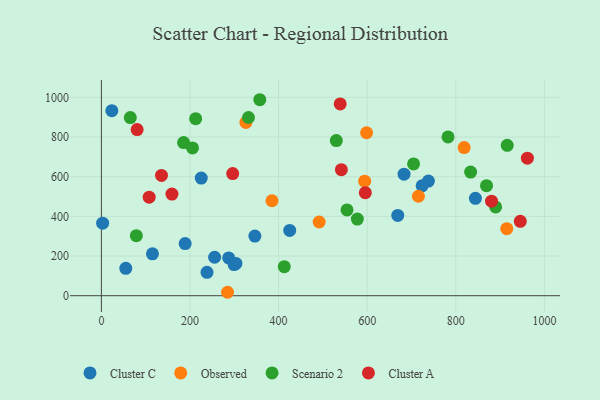
{"axis": {"x": "Ad Spend", "y": "Demand"}, "legend": ["Cluster A", "Cluster C", "Observed", "Scenario 2"], "data": [{"x": "425.1", "y": 329.0, "type": "Cluster C"}, {"x": "738.2", "y": 578.1, "type": "Cluster C"}, {"x": "255.6", "y": 193.8, "type": "Cluster C"}, {"x": "225.4", "y": 593.2, "type": "Cluster C"}, {"x": "724.0", "y": 554.0, "type": "Cluster C"}, {"x": "683.2", "y": 612.7, "type": "Cluster C"}, {"x": "669.0", "y": 404.6, "type": "Cluster C"}, {"x": "189.1", "y": 262.7, "type": "Cluster C"}, {"x": "115.3", "y": 211.1, "type": "Cluster C"}, {"x": "238.4", "y": 118.1, "type": "Cluster C"}, {"x": "55.1", "y": 137.9, "type": "Cluster C"}, {"x": "303.8", "y": 162.7, "type": "Cluster C"}, {"x": "23.6", "y": 932.6, "type": "Cluster C"}, {"x": "346.5", "y": 300.5, "type": "Cluster C"}, {"x": "299.7", "y": 156.7, "type": "Cluster C"}, {"x": "287.4", "y": 190.4, "type": "Cluster C"}, {"x": "2.8", "y": 365.7, "type": "Cluster C"}, {"x": "844.3", "y": 491.0, "type": "Cluster C"}, {"x": "594.3", "y": 577.6, "type": "Observed"}, {"x": "326.2", "y": 873.5, "type": "Observed"}, {"x": "598.6", "y": 821.4, "type": "Observed"}, {"x": "385.1", "y": 478.6, "type": "Observed"}, {"x": "715.6", "y": 501.3, "type": "Observed"}, {"x": "915.1", "y": 337.8, "type": "Observed"}, {"x": "491.6", "y": 371.5, "type": "Observed"}, {"x": "284.8", "y": 17.3, "type": "Observed"}, {"x": "818.9", "y": 746.6, "type": "Observed"}, {"x": "530.3", "y": 782.1, "type": "Scenario 2"}, {"x": "782.5", "y": 800.6, "type": "Scenario 2"}, {"x": "357.6", "y": 988.0, "type": "Scenario 2"}, {"x": "185.6", "y": 772.1, "type": "Scenario 2"}, {"x": "412.8", "y": 146.5, "type": "Scenario 2"}, {"x": "554.5", "y": 432.6, "type": "Scenario 2"}, {"x": "577.8", "y": 386.2, "type": "Scenario 2"}, {"x": "916.1", "y": 758.1, "type": "Scenario 2"}, {"x": "78.9", "y": 302.4, "type": "Scenario 2"}, {"x": "205.7", "y": 745.1, "type": "Scenario 2"}, {"x": "704.7", "y": 664.2, "type": "Scenario 2"}, {"x": "332.0", "y": 898.4, "type": "Scenario 2"}, {"x": "869.4", "y": 554.7, "type": "Scenario 2"}, {"x": "65.3", "y": 898.2, "type": "Scenario 2"}, {"x": "833.5", "y": 623.2, "type": "Scenario 2"}, {"x": "889.9", "y": 447.4, "type": "Scenario 2"}, {"x": "212.8", "y": 892.5, "type": "Scenario 2"}, {"x": "595.8", "y": 519.6, "type": "Cluster A"}, {"x": "880.7", "y": 476.6, "type": "Cluster A"}, {"x": "80.7", "y": 837.5, "type": "Cluster A"}, {"x": "135.7", "y": 606.4, "type": "Cluster A"}, {"x": "107.9", "y": 496.7, "type": "Cluster A"}, {"x": "961.6", "y": 693.5, "type": "Cluster A"}, {"x": "541.7", "y": 635.2, "type": "Cluster A"}, {"x": "945.6", "y": 374.9, "type": "Cluster A"}, {"x": "539.1", "y": 967.0, "type": "Cluster A"}, {"x": "296.4", "y": 615.7, "type": "Cluster A"}, {"x": "159.3", "y": 512.6, "type": "Cluster A"}]}